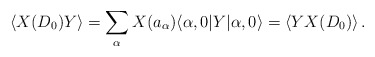
\begin{align*}\langle X(D_0)Y\rangle = \sum_\alpha X(a_\alpha)\langle\alpha,0|Y|\alpha,0\rangle= \langle YX(D_0)\rangle\,.\end{align*}